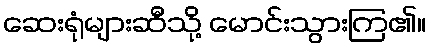
ဆေးရုံများဆီသို့ မောင်းသွားကြ၏။